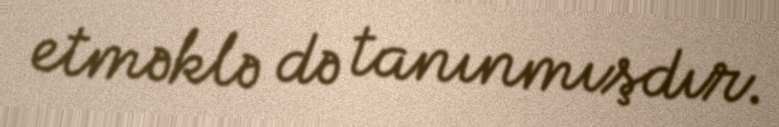
etməklə də tanınmışdır.